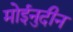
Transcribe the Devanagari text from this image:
मोईनुदीन